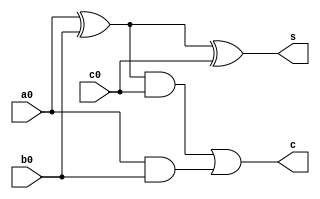
module adder_1bit(a0,b0,c0,s,c);
//
  input a0,b0,c0;
  output s,c;
  
  assign s= a0 ^ b0 ^ c0;
  assign c = (a0 ^ b0) & c0 | a0 & b0;
  
endmodule